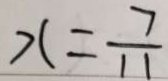
x = \frac { 7 } { 1 1 }